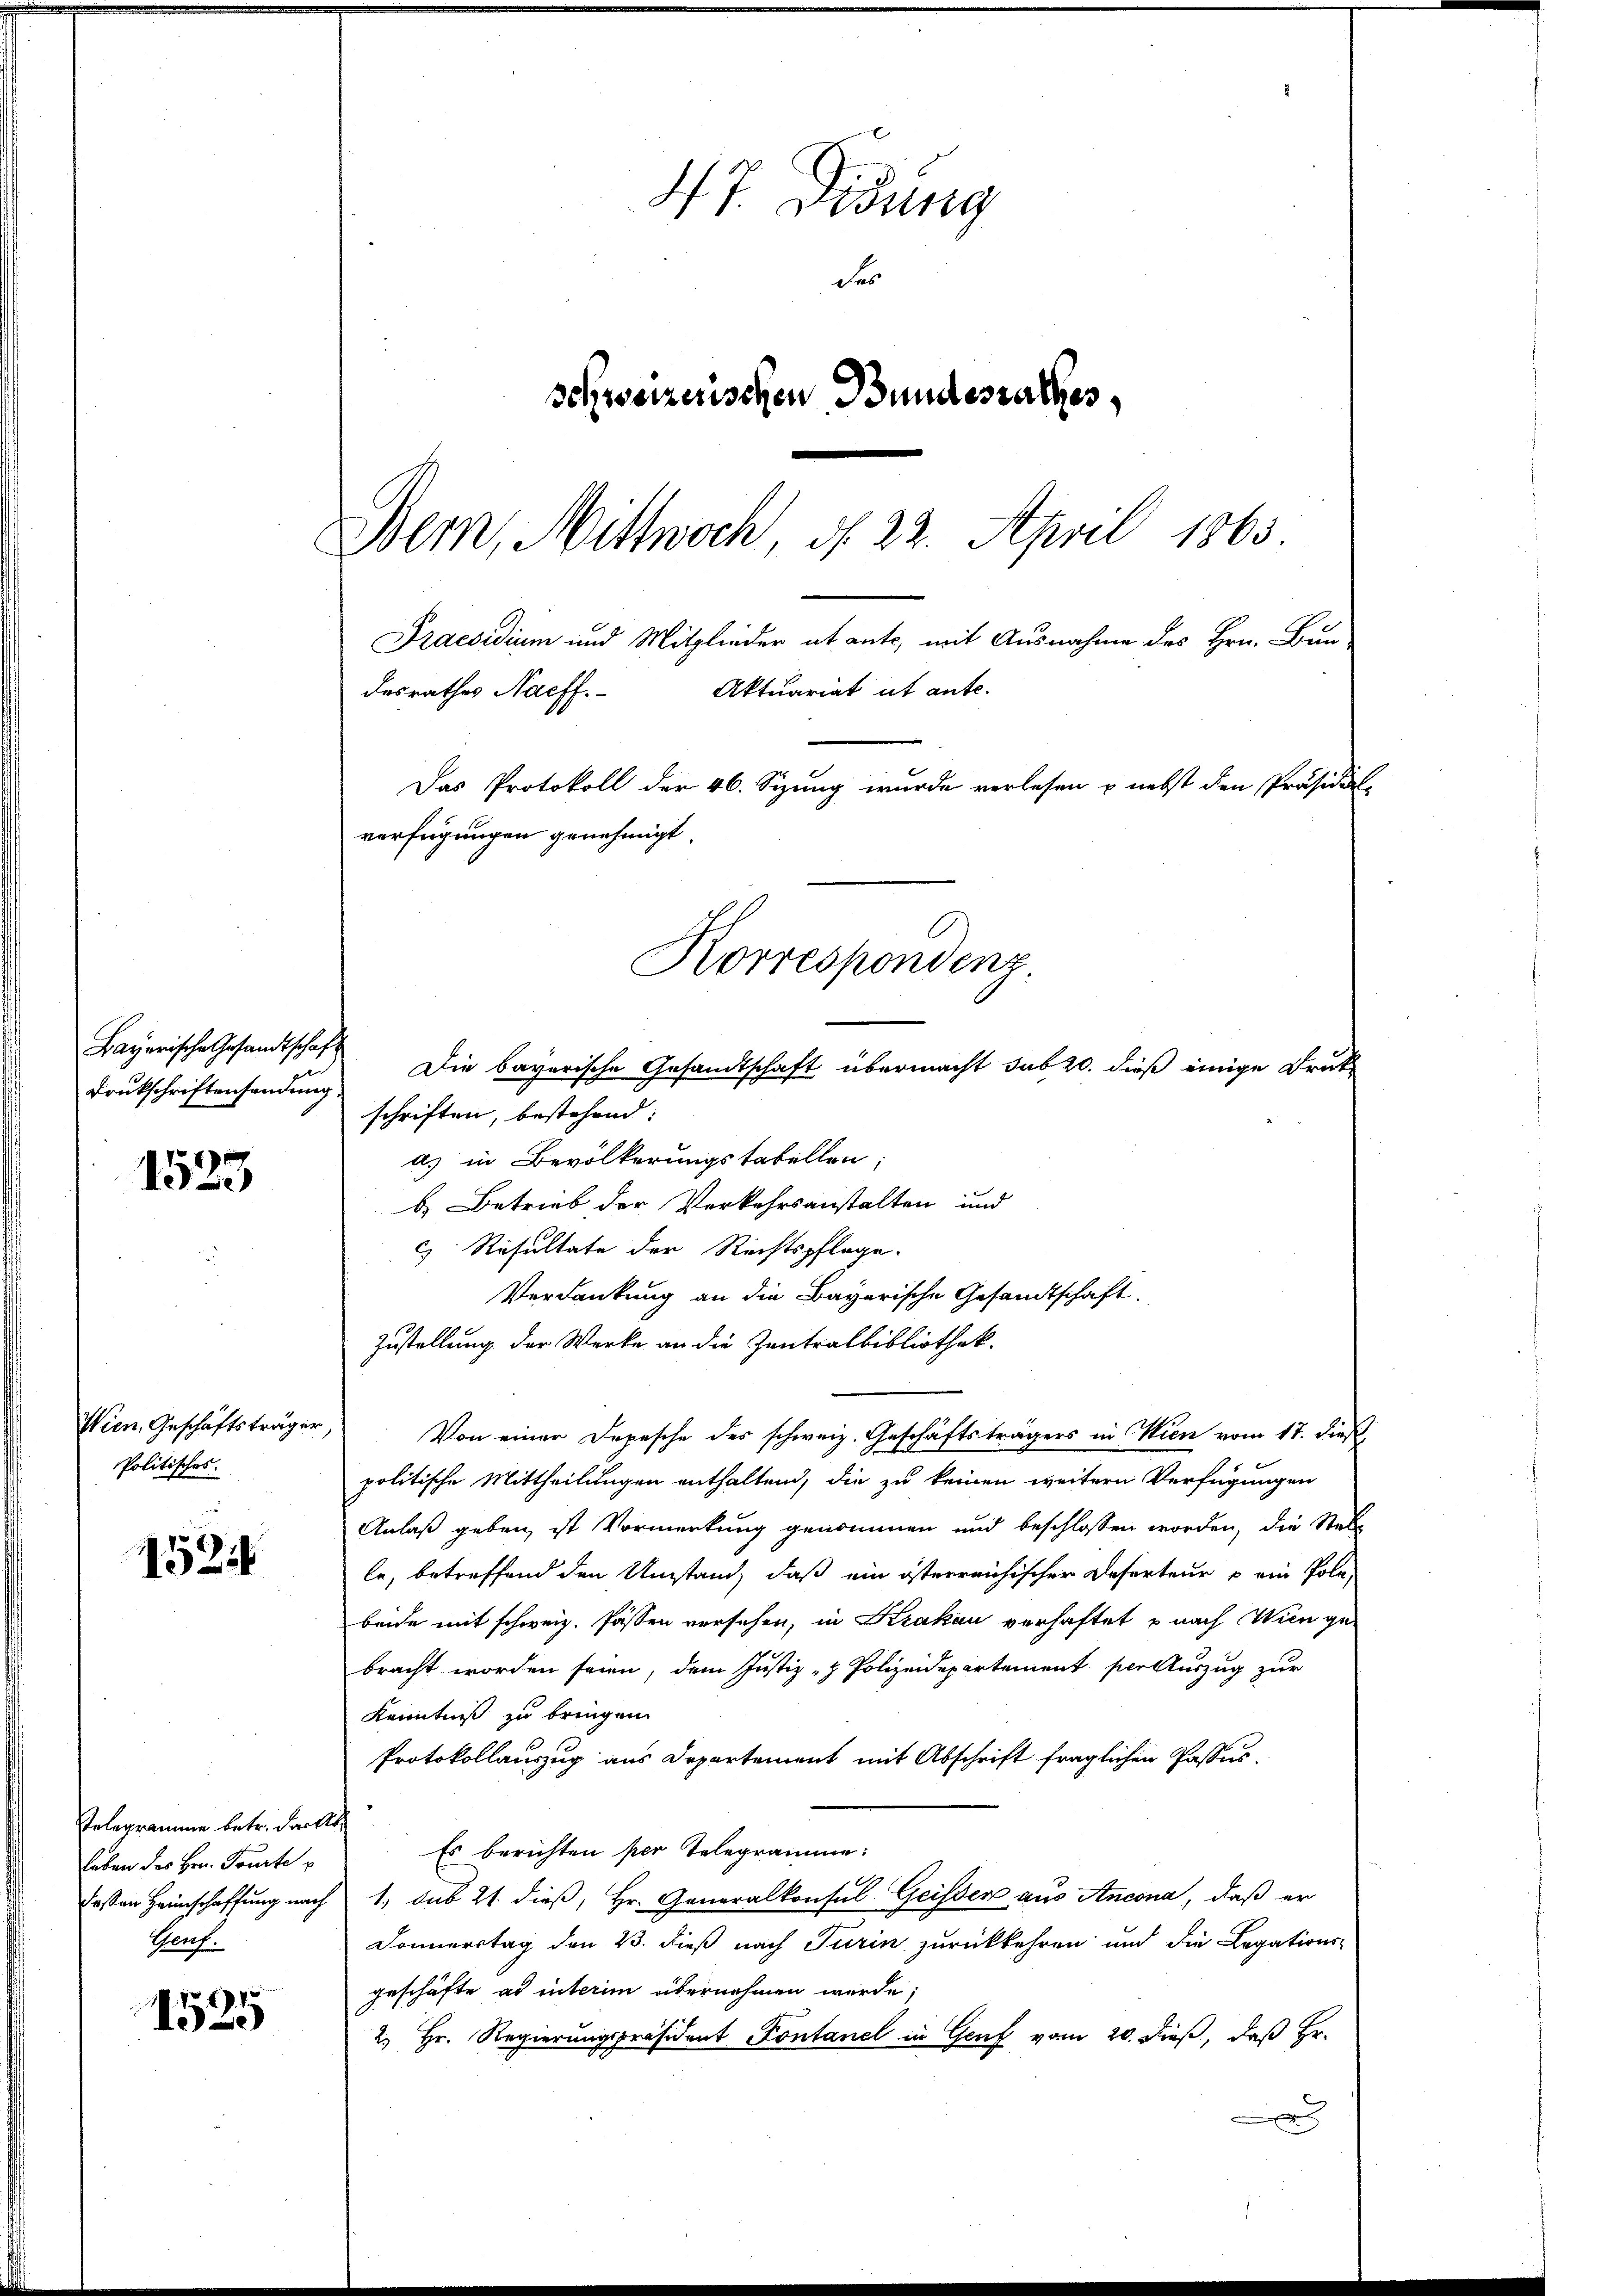
Bayerische Gesandtschaft.
Drukschriftensendung

1523

Wien, Geschäftsträger
Politisches.

1524

1525

Telegramme betr. dankt,
leben des Hrn. Tourte
faßen Heimschaffung nach
Herf.

47. Disung
des
schweizerischen Bundesrathes,
Bern, Mittwoch, d. 22. April 1863.
Praesidium und Mitglieder et ante, mit Ausnahme des Hrn. Bun-
desrathes Naeff. Aktuariat ut ante-
Das Protokoll der 46. Sizung wurde verlesen u nebst den Präsidial-
verfügungen genehmigt.

Korrespondenz

Die bayerische Gesandtschaft übermacht sub 20. dieß einige Drukschriften, bestehend:
as in Bevölkerungstabellen;
b. Betrieb der Verkehrsanstalten und
 Resultate der Rechtspflege.
Verdankung an die Bayerische Gesandtschaft.
Zustellung der Werke an die Zentralbibliothek.
Von einer Depesche des schweiz. Geschäftsträgers in Wien vom 17. dieß,
politische Mittheilungen enthaltend, die zu keinen weitern Verfügungen
Anlaß geben, ist Vormerkung genommen und beschlossen worden, die Stel-
le, betreffend den Umstand, daß ein österreichischer Deserteur o ein Pole
beide mit schweiz. Passen versehen, in Krakau verhaftet u nach Wien gebracht worden seien, dem Justiz- & Polizeidepartement per Auszug zur
Kenntniß zu bringen.
Protokollauszug aus Departement mit Abschrift fraglichen Passus¬
Es berichten per Telegramme:
1. sub 21. dieß, Hr. Generalkonsul Geisser aus Ancona, daß er
Sonnerstag den 23. dieß nach Turin zurückkehren und die Legations-
geschäfte ad interim übernehmen wurde;
2) Hr. Regierungspräsident Fontanel in Genf vom 20. dieß, daß Hr.